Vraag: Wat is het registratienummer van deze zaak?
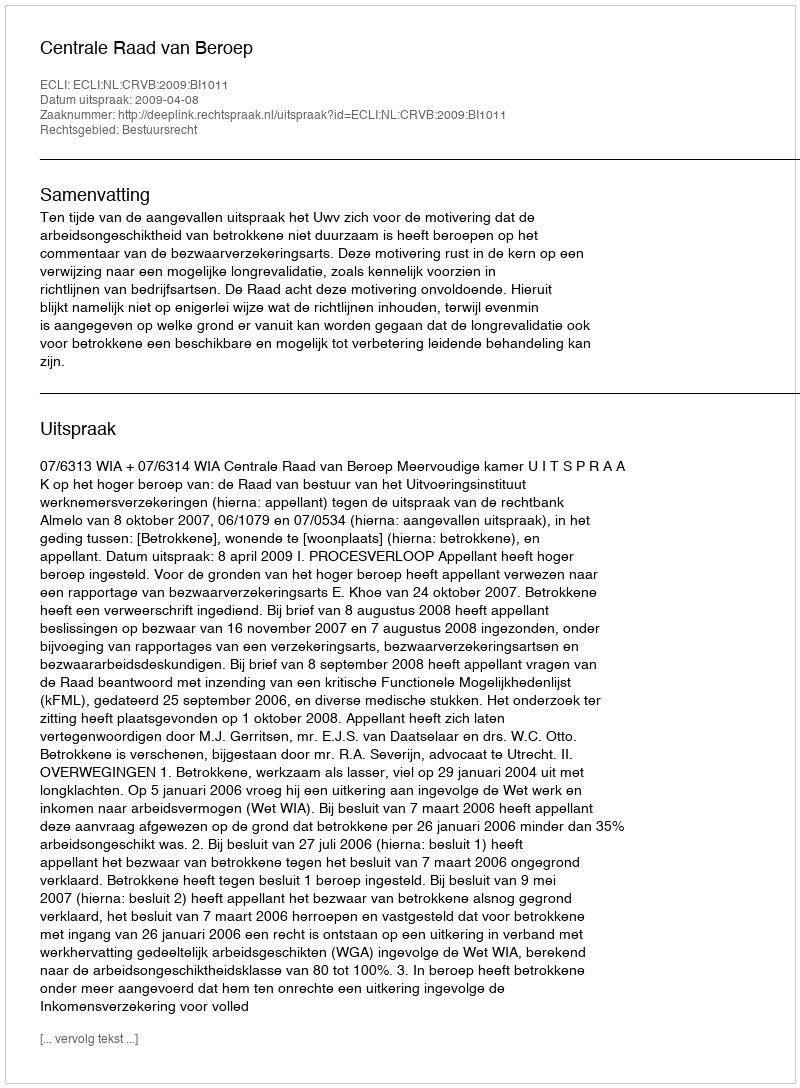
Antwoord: http://deeplink.rechtspraak.nl/uitspraak?id=ECLI:NL:CRVB:2009:BI1011